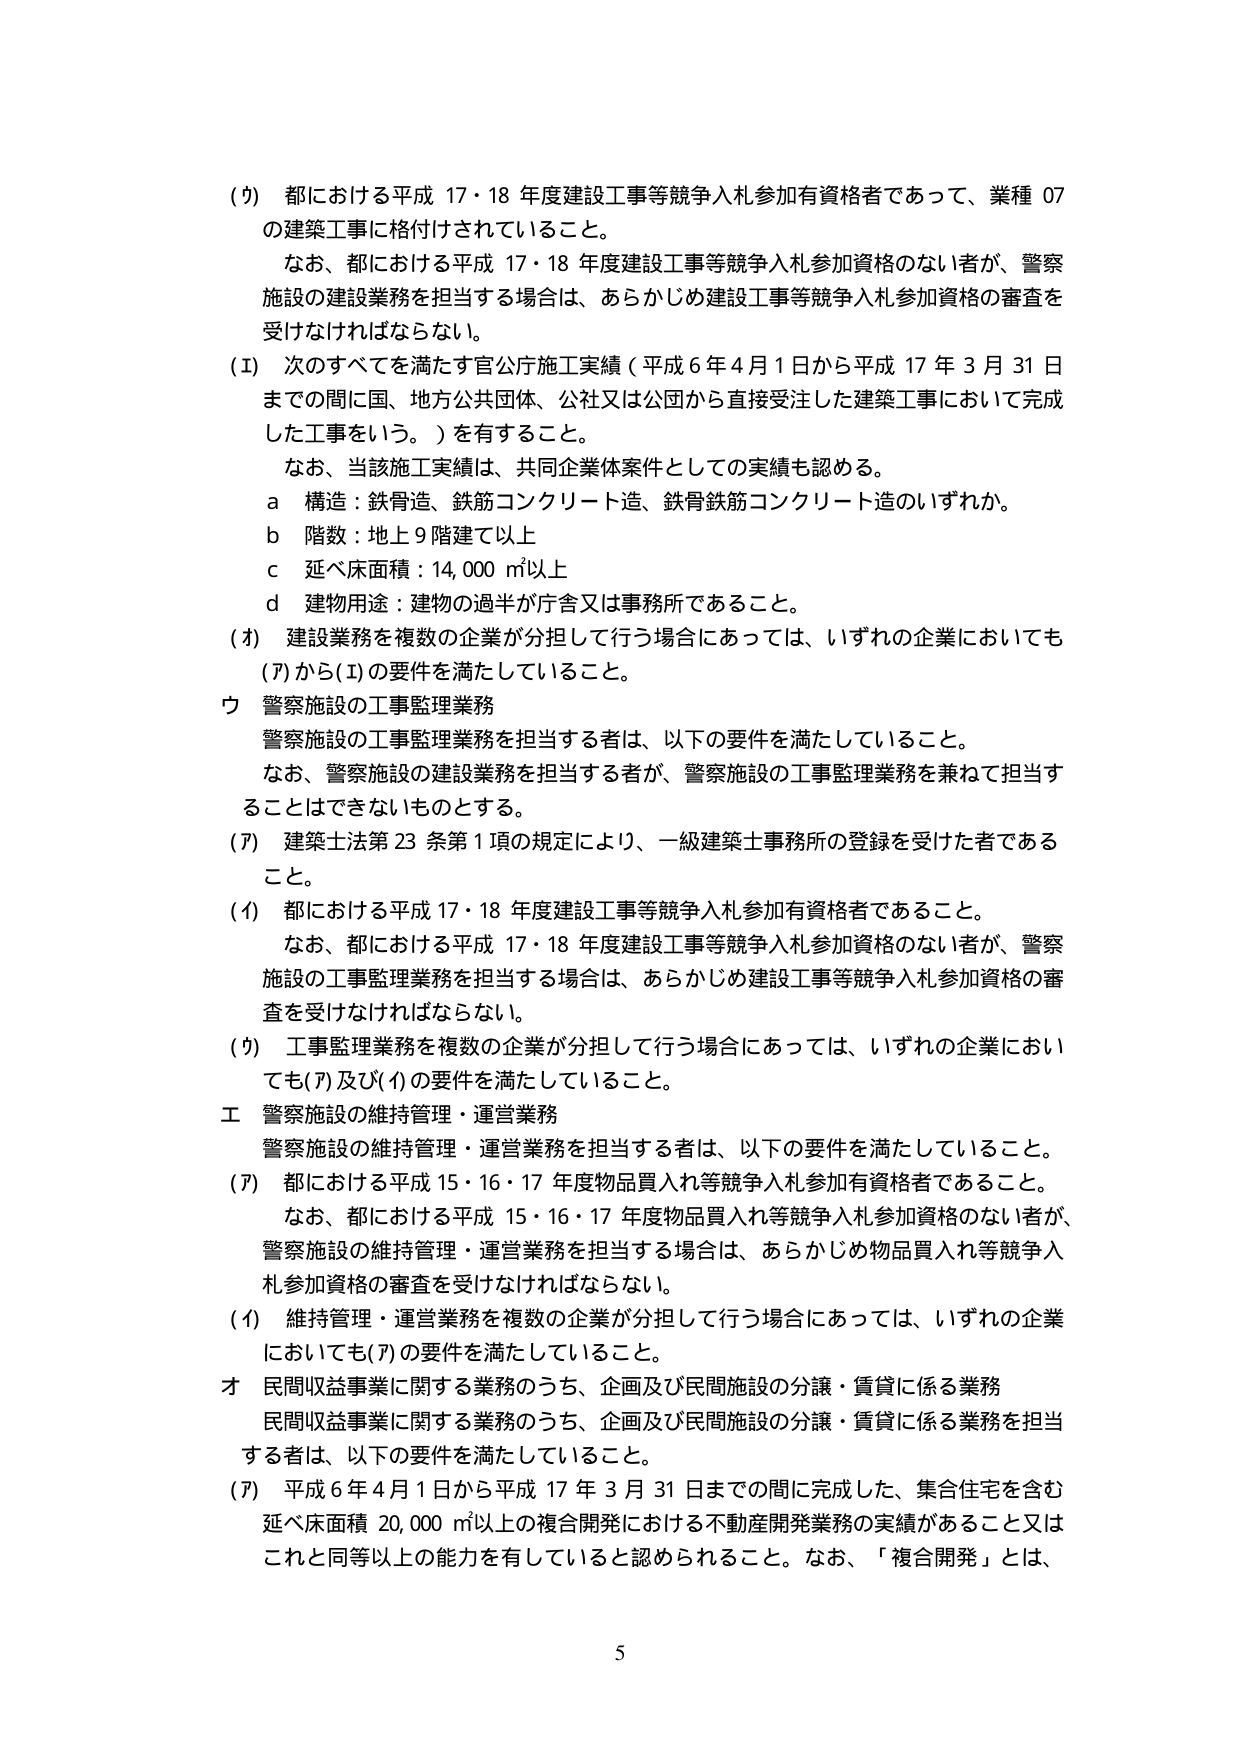
(ウ) 都における平成 17・18 年度建設工事等競争入札参加有資格者であって、業種 07 の建築工事に格付けされていること。
　　なお、都における平成 17・18 年度建設工事等競争入札参加資格のない者が、警察施設の建設業務を担当する場合は、あらかじめ建設工事等競争入札参加資格の審査を受けなければならない。

(Ⅰ) 次のすべてを満たす官公庁施工実績（平成 6 年 4 月 1 日から平成 17 年 3 月 31 日までの間に国、地方公共団体、公社又は公団から直接受注した建築工事において完成した工事をいう。）を有すること。
　　なお、当該施工実績は、共同企業体案件としての実績も認める。
　　a 構造：鉄骨造、鉄筋コンクリート造、鉄骨鉄筋コンクリート造のいずれか。
　　b 階数：地上 9 階建て以上
　　c 延べ床面積：14,000 ㎡以上
　　d 建物用途：建物の過半が庁舎又は事務所であること。

(カ) 建設業務を複数の企業が分担して行う場合にあっては、いずれの企業においても (ア) から (Ⅰ) の要件を満たしていること。

ウ 警察施設の工事監理業務
　　警察施設の工事監理業務を担当する者は、以下の要件を満たしていること。
　　なお、警察施設の建設業務を担当する者が、警察施設の工事監理業務を兼ねて担当することはできないものとする。

(ア) 建築士法第 23 条第 1 項の規定により、一級建築士事務所の登録を受けた者であること。

(イ) 都における平成 17・18 年度建設工事等競争入札参加有資格者であること。
　　なお、都における平成 17・18 年度建設工事等競争入札参加資格のない者が、警察施設の工事監理業務を担当する場合は、あらかじめ建設工事等競争入札参加資格の審査を受けなければならない。

(ウ) 工事監理業務を複数の企業が分担して行う場合にあっては、いずれの企業においても (ア) 及び (イ) の要件を満たしていること。

エ 警察施設の維持管理・運営業務
　　警察施設の維持管理・運営業務を担当する者は、以下の要件を満たしていること。

(ア) 都における平成 15・16・17 年度物品買入れ等競争入札参加有資格者であること。
　　なお、都における平成 15・16・17 年度物品買入れ等競争入札参加資格のない者が、警察施設の維持管理・運営業務を担当する場合は、あらかじめ物品買入れ等競争入札参加資格の審査を受けなければならない。

(イ) 維持管理・運営業務を複数の企業が分担して行う場合にあっては、いずれの企業においても (ア) の要件を満たしていること。

オ 民間収益事業に関する業務のうち、企画及び民間施設の分譲・賃貸に係る業務
　　民間収益事業に関する業務のうち、企画及び民間施設の分譲・賃貸に係る業務を担当する者は、以下の要件を満たしていること。

(ア) 平成 6 年 4 月 1 日から平成 17 年 3 月 31 日までの間に完成した、集合住宅を含む延べ床面積 20,000 ㎡以上の複合開発における不動産開発業務の実績があること又はこれと同等以上の能力を有していると認められること。なお、「複合開発」とは、

5